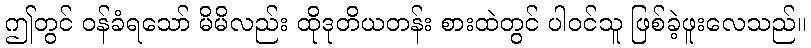
ဤတွင် ဝန်ခံရသော် မိမိလည်း ထိုဒုတိယတန်း စားထဲတွင် ပါဝင်သူ ဖြစ်ခဲ့ဖူးလေသည်။